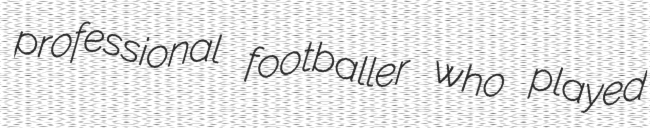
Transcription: professional footballer who played